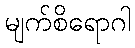
မျက်စိရောဂါ